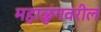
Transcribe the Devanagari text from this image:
महाळुंगवरील